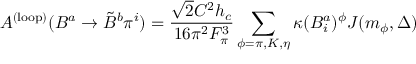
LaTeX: A ^ { \mathrm { ( l o o p ) } } ( B ^ { a } \rightarrow \tilde { B } ^ { b } \pi ^ { i } ) = \frac { \sqrt { 2 } { \cal C } ^ { 2 } h _ { c } } { 1 6 \pi ^ { 2 } F _ { \pi } ^ { 3 } } \sum _ { \phi = \pi , K , \eta } \kappa ( B _ { i } ^ { a } ) ^ { \phi } J ( m _ { \phi } , \Delta )